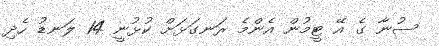
ސުނާ ގެ އޭ ޓީމުން އެންމެ ރަނގަޅަށް ކުޅުނީ 14 ލަނޑު ހެދި